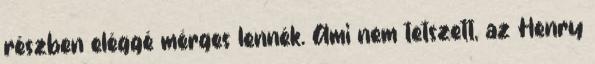
részben eléggé mérges lennék. Ami nem tetszett, az Henry